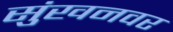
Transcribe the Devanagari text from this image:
सुंखनवर